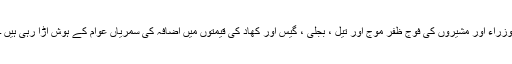
وزراء اور مشیروں کی فوج ظفر موج اور تیل ، بجلی ، گیس اور کھاد کی قیمتوں میں اضافہ کی سمریاں عوام کے ہوش اڑا رہی ہیں ۔